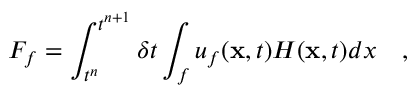
F _ { f } = \int _ { t ^ { n } } ^ { t ^ { n + 1 } } \delta t \int _ { f } u _ { f } ( \mathbf { x } , t ) H ( \mathbf { x } , t ) d x \quad ,